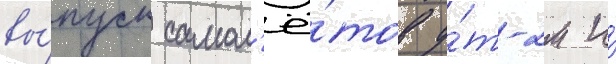
вы́пуск самол'ё́тов у́т-2м и́